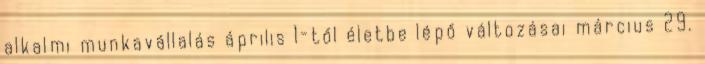
alkalmi munkavállalás április 1-től életbe lépő változásai március 29.